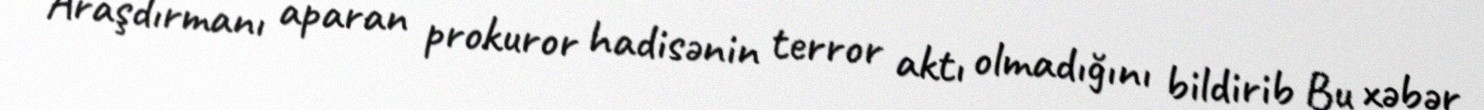
Araşdırmanı aparan prokuror hadisənin terror aktı olmadığını bildirib Bu xəbər